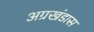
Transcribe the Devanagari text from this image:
अग्रखंडास